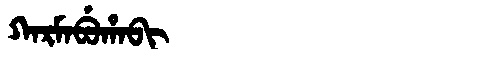
Manchu: ᡴᠠᡵᠮᠠᠪᡠᡥᠠᠪᡳ
Romanization: KARMABUHABI